Vaccination in Bombay 1902-1912 - 1902-1912
Year: 1902
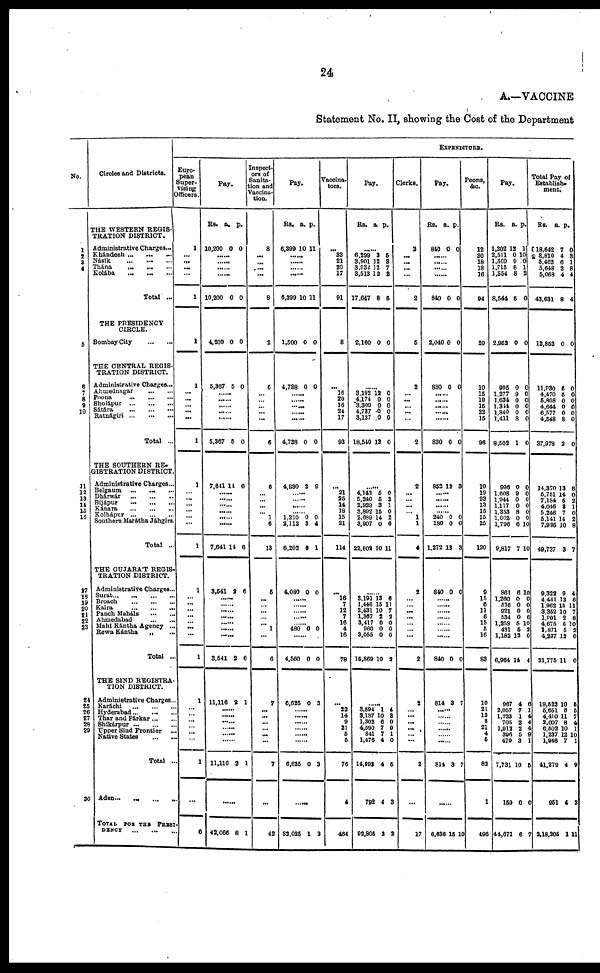
24
A.—VACCINE
Statement No. II, showing the Cost of the Department
No.
1
2
3 4
5
6
7
8
9
10
11
12
15
16
17
18
19
20
21
22
23
24
25
26
27
28
29
30
Circles and Districts.
THE WESTERN REGIS-
TRATION DISTRICT.
Administrative Charges ...
Khándesh
...
...
...
Násik
Thána
...
...
...
Kolába
...
...
...
Total ...
THE PRESIDENCY
CIRCLE.
Bombay City
...
...
THE CENTRAL REGIS-
TRATION DISTRICT.
Administrative Charges...
Ahmednagar ... ...
Poona
...
...
...
Sholápur
...
...
...
Sátára
...
...
...
Ratnágiri
...
...
...
Total ...
THE SOUTHERN RE-
GISTRATION DISTRICT.
Administrative Charges...
Belgaum
... ... ...
Dhárwár
...
...
...
Bijápur
...
...
...
Kánara
...
...
...
Kolhápur
...
...
...
Southern Marátha Jáhgirs.
Total ...
THE GUJARÁT REGIS-
TRATION DISTRICT.
Administrative Charges...
Surat
...
...
...
...
Broach
...
...
...
Kaira
...
...
...
Panch Maháls
...
...
Ahmedabad
...
...
Mahi Kántha Agency ...
Rewa Kántha „ ...
Total ...
THE SIND REGISTRA-
TION DISTRICT.
Administrative Charges...
Karáchi
...
...
...
Hyderabad...
... ...
Thar and Párkar ... ...
Shikárpur
...
...
...
Upper Sind Frontier
...
Native States ... ...
Total ...
Aden...
...
...
...
TOTAL
FOR THE PRESI¬
DENCY
...
...
...
EXPENDITURE.
Euro-
pean
Super-
vising
Officers.
1
...
...
...
...
1
1
1
...
...
...
...
...
1
1
...
...
...
...
...
...
1
1
...
...
...
...
...
...
...
1
1
...
...
...
...
...
...
1
...
6
Pay.
Rs.
10,200
a.
0
p.
0
......
......
......
.
10,200 0 0
4,200 0 0
5,387 5 0
......
......
......
......
......
5,367 5 0
7,641 14 6
......
......
......
......
......
......
7,641 14 6
3,541 2 6
......
......
......
......
......
......
......
3,541 2 6
11,116 2 1
......
......
......
......
...
11,116 2 1
......
42,066 8 1
Inspect-
ors of
Sanita-
tion and
Vaccina¬
tion.
8
...
...
...
...
8
2
6
...
...
...
...
...
6
6
...
...
...
...
1
6
13
5
...
...
...
...
...
1
...
6
7
...
...
...
...
...
...
7
...
42
Pay.
Rs.
6,399
a.
10
p.
11
...... ......
.
......
6,399 10 11
1,500 0 0
4,738 0 0
......
......
......
......
......
4,738 0 0
4,880 2 0
......
......
......
1,210
2,112
8,202
0
3
6
0
4
1
4,080 0 0
......
......
......
......
......
480 0 0
......
4,560 0 0
6,625 0 3
......
......
......
......
......
6,625 0 3
......
32,025 1 3
Vaccina¬
tors.
...
33
21
20
17
91
8
...
16
20
16
24
17
93
...
21
36
14
18
15
21
114
...
16
7
12
7
16
4
16
78
...
22
14
9
21
6
5
76
4
464
Pay.
Rs. a. p.
......
6,299
3,901
3,932
3,513
17,647
3
12
12
12
8
5
8
7
2
5
2,160 0 0
3,192
4,174
3,300
4,737
3,137
18,540
12
0
0
6
0
13
0
0
0
0
0
0
......
4,143
5,240
2,929
3,892
2,689
3,907
22,802
5
6
3
15
14
0
10
0
2
1
0
2
6
11
......
3,191
1,446
2,431
1,367
3,417
960
3,055
15,869
13
15
10
2
0
0
0
10
6
11
7
2
0
0
0
3
......
3,594
3,187
1,802
4,590
841
1,476
14,992
792
92,805
1
10
6
7
7
4
4
4
2
4
3
0
9
1
0
5
3
2
Clerks.
2
...
...
...
...
2
5
2
...
...
...
...
...
2
2
...
...
...
...
1
1
4
2
...
...
...
...
...
...
...
2
2
...
...
...
...
...
...
2
...
17
Pay.
Rs.
840
a.
0
p.
0
......
......
......
......
840 0 0
2,040 0 0
830 0 0
......
......
......
......
......
830 0 0
852 12 3
......
......
......
......
240
180
1,272
0
0
12
0
0
3
840 0 0
......
......
......
......
......
.
840 0 0
814 3 7
......
......
......
......
......
814 3 7
......
6,636 15 10
Peons,
&c.
12
30
18
18
16
94
20
10
15
19
15
22
15
96
10
19
23
13
15
15
25
120
9
15
6
11
6
15
5
16
83
10
21
13
8
21
4
5
83
1
496
Pay.
Rs.
1,202
2,511
1,560
1,715
1,554
8,544
a.
12
0
9
6
8
5
p.
1
10
10
1
2
0
2,952 0 0
995
1,277
1,634
1,344
1,840
1,411
8,502
0
9
0
0
0
8
1
0
0
0
0
0
0
0
996
1,608
1,944
1,117
1,353
1,002
1,796
9,817
0
9
0
0
8
0
6
7
0
0
0
0 0
0
10
10
861
1,260
516
921
534
1,258
431
1,182
6,964
6
0
0
0
0
5
5
12
14
10
0
0
0
6
10
3
0
4
967
2,057
1,223
705
1,912
396
470
7,731
159
44,671
4
7
1
2
2
5
3
10
0
6
6
1
4
4
4
9
1
5
0
7
Total Pay of
Establish-
ment.
Rs.
18,642
8,810
5,462
5,648
5,068
43,631
a.
7
4
6
2
4
8
p.
0
3
1
8
4
4
12,852 0 0
11,930
4,470
5,808
4,644
6,577
4,548
37,978
5
5
0
0
0
8
2
0
0
0
0
0
0
0
14,370
5,751
7,184
4,046
5,246
5,141
7,995
49,737
13
14
5
3
7
14
10
3
6
0
2
1
0
2
8
7
9,323
4,451
1,962
3,352
1,801
4,675
1,871
4,237
31,775
9
13
15
10
2
5
5
13
11
4
6
11
7
8
10
2
0
0
19,622
6,651
4,410
2,007
6,502
1,237
1,946
41,279
951
2,18,205
10
8
11
8
10
12
7
4
4
1
5
5
7
4
1
10
1
9
3
11